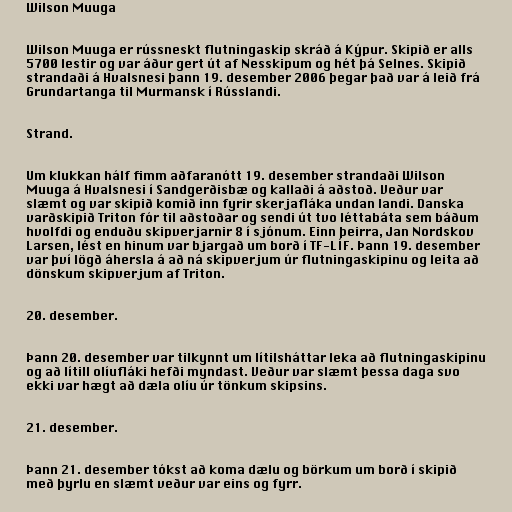
Wilson Muuga

Wilson Muuga er rússneskt flutningaskip skráð á Kýpur. Skipið er alls
5700 lestir og var áður gert út af Nesskipum og hét þá Selnes. Skipið
strandaði á Hvalsnesi þann 19. desember 2006 þegar það var á leið frá
Grundartanga til Murmansk í Rússlandi.

Strand.

Um klukkan hálf fimm aðfaranótt 19. desember strandaði Wilson
Muuga á Hvalsnesi í Sandgerðisbæ og kallaði á aðstoð. Veður var
slæmt og var skipið komið inn fyrir skerjafláka undan landi. Danska
varðskipið Triton fór til aðstoðar og sendi út tvo léttabáta sem báðum
hvolfdi og enduðu skipverjarnir 8 í sjónum. Einn þeirra, Jan Nordskov
Larsen, lést en hinum var bjargað um borð í TF-LÍF. Þann 19. desember
var því lögð áhersla á að ná skipverjum úr flutningaskipinu og leita að
dönskum skipverjum af Triton.

20. desember.

Þann 20. desember var tilkynnt um lítilsháttar leka að flutningaskipinu
og að lítill olíufláki hefði myndast. Veður var slæmt þessa daga svo
ekki var hægt að dæla olíu úr tönkum skipsins.

21. desember.

Þann 21. desember tókst að koma dælu og börkum um borð í skipið
með þyrlu en slæmt veður var eins og fyrr.